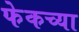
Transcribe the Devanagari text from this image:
फेकच्या